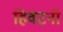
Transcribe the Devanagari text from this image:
हिवटनी